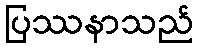
ပြဿနာသည်